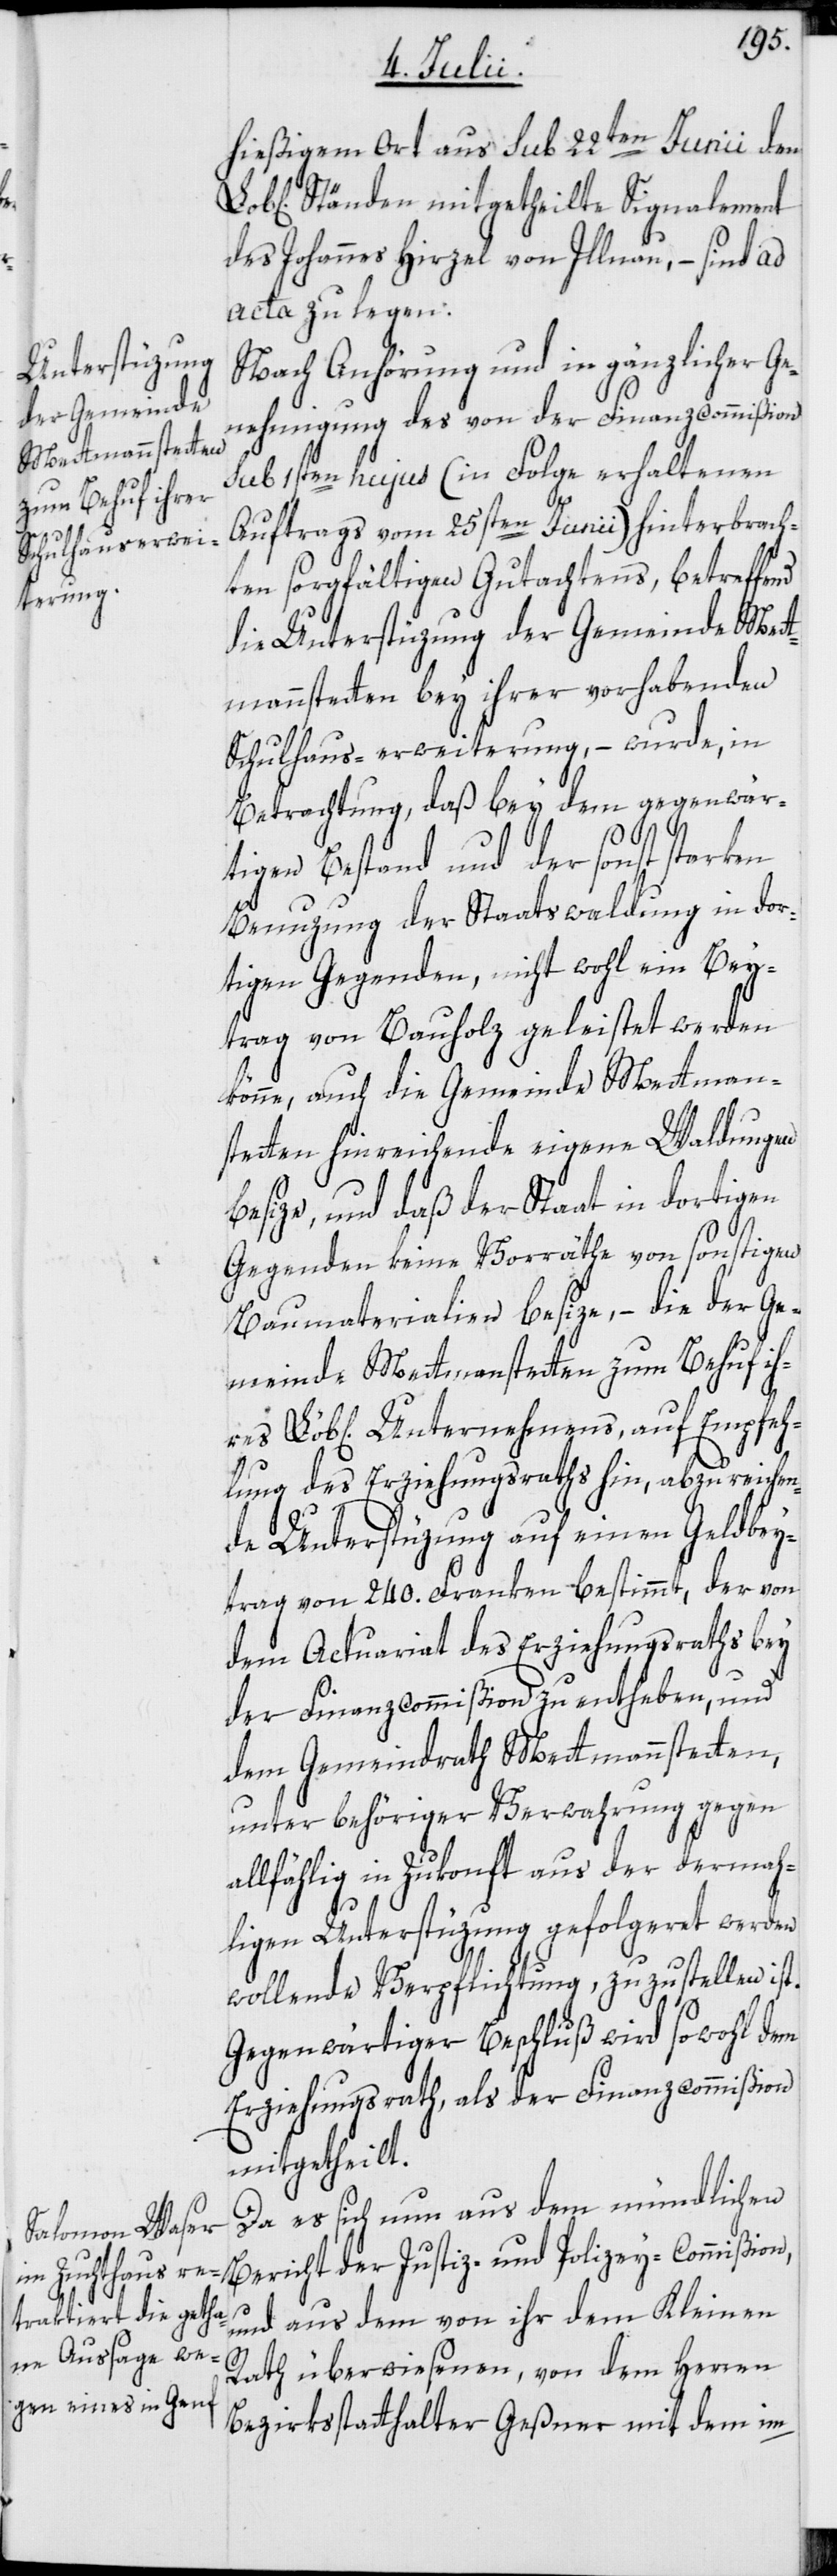
res

hießigem Ort aus sub 22ten Junii den
Ständen mitgetheilte Signalement
des Johannes Hirzel von Illnau, – sind ad
acta zu legen.
Nach Anhörung und in gänzlicher Ge¬
nehmigung des von der Finanzcommißion
sub 1sten hujus (in Folge erhaltenen
Auftrags vom 25sten Junii) hinterbrach¬
ten sorgfältigen Gutachtens, betreffe¬
die Unterstüzung der Gemeinde Mett¬
mannstetten bey ihrer vorhabenden
Schulhaus-erweiterung, – wurde, in
Betrachtung, daß bey dem gegenwär¬
nd
tigen Bestand und der sonst starken
Benuzung der Staatswaldung in dor¬
tigen Gegenden, nicht wohl ein Bey¬
trag von Bauholz geleistet werden
könne, auch die Gemeinde Mettmann¬
stetten hinreichende eigene Waldungen
besize, und daß der Staat in dortigen
Gegenden keine Vorräthe von sonstigen
Baumaterialien besize, – die der Ge¬
meinde Mettmanstetten zum Behuf ih¬
Löbl[ichen] Unternehmens, auf Empfeh¬
lung des Erziehungsraths hin, abzureichen¬
de Unterstüzung auf einen Geldbey¬
trag von 240. Franken bestimmt, der von
dem Actuariat des Erziehungsraths bey
der Finanzcommißion zu entheben, und
dem Gemeindrath Mettmannstetten,
unter behöriger Verwahrung gegen
allfählig in Zukonft aus der dermah¬
ligen Unterstüzung gefolgeret werden
wollende Verpflichtung, zuzustellen ist.
Gegenwärtiger Beschluß wird sowohl dem
Erziehungsrath, als der Finanzcommißion
mitgetheilt.
Da es sich nun aus dem mündlichen
Bericht der Justiz- und Polizey-Commißion,
und aus dem von ihr dem Kleinen
Rath überwiesenen, von dem Herren
Bezirksstatthalter Geßner mit dem im